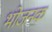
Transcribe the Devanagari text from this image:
भोजनक